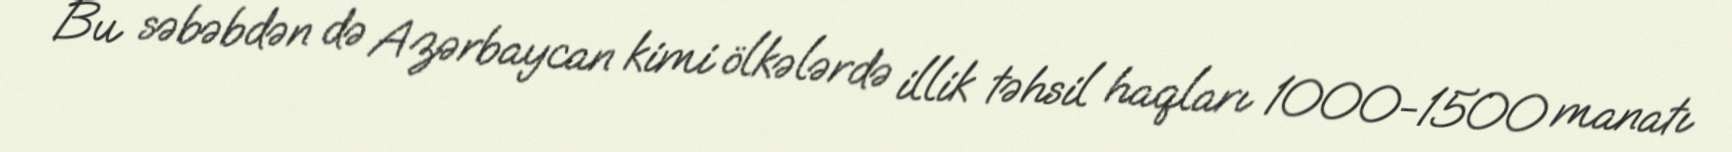
Bu səbəbdən də Azərbaycan kimi ölkələrdə illik təhsil haqları 1000-1500 manatı